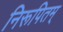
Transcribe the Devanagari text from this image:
निरूपितम्